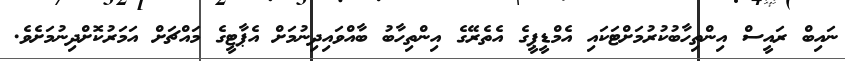
ނައިބް ރައީސް އިންތިހާބުކުރުމަށްޓަކައި އެމްޑީޕީގެ އެތެރޭގެ އިންތިހާބު ބާއްވައިދިނުމަށް އެޕާޓީގެ މައްޗަށް އަމަރުކޮށްދިނުމަށެވެ.